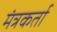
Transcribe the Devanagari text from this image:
मंत्रकर्ता